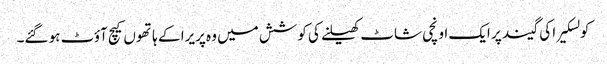
کولسکیرا کی گیند پر ایک اونچی شاٹ کھیلنے کی کوشش میں وہ پریرا کے ہاتھوں کیچ آؤٹ ہو گئے۔